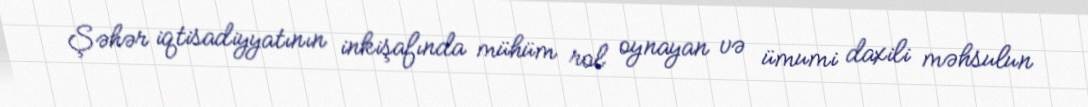
Şəhər iqtisadiyyatının inkişafında mühüm rol oynayan və ümumi daxili məhsulun